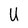
Character: U